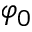
\varphi _ { 0 }